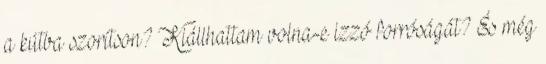
a kútba szorítson? Kiállhattam volna-e izzó forróságát? És még